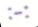
:-: